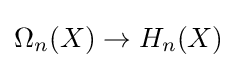
\Omega _{n}(X)\to H_{n}(X)